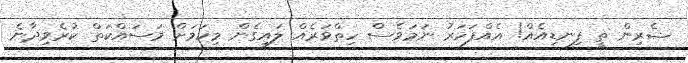
ޝެރިން ތީ ފިނޑިއެއް! އެއްފަހަރު ނަމަވެސް ހިތްވަރެއް ލައިގެން މިކަމަށް މަސައްކަތް ކުރެވިދާނެ